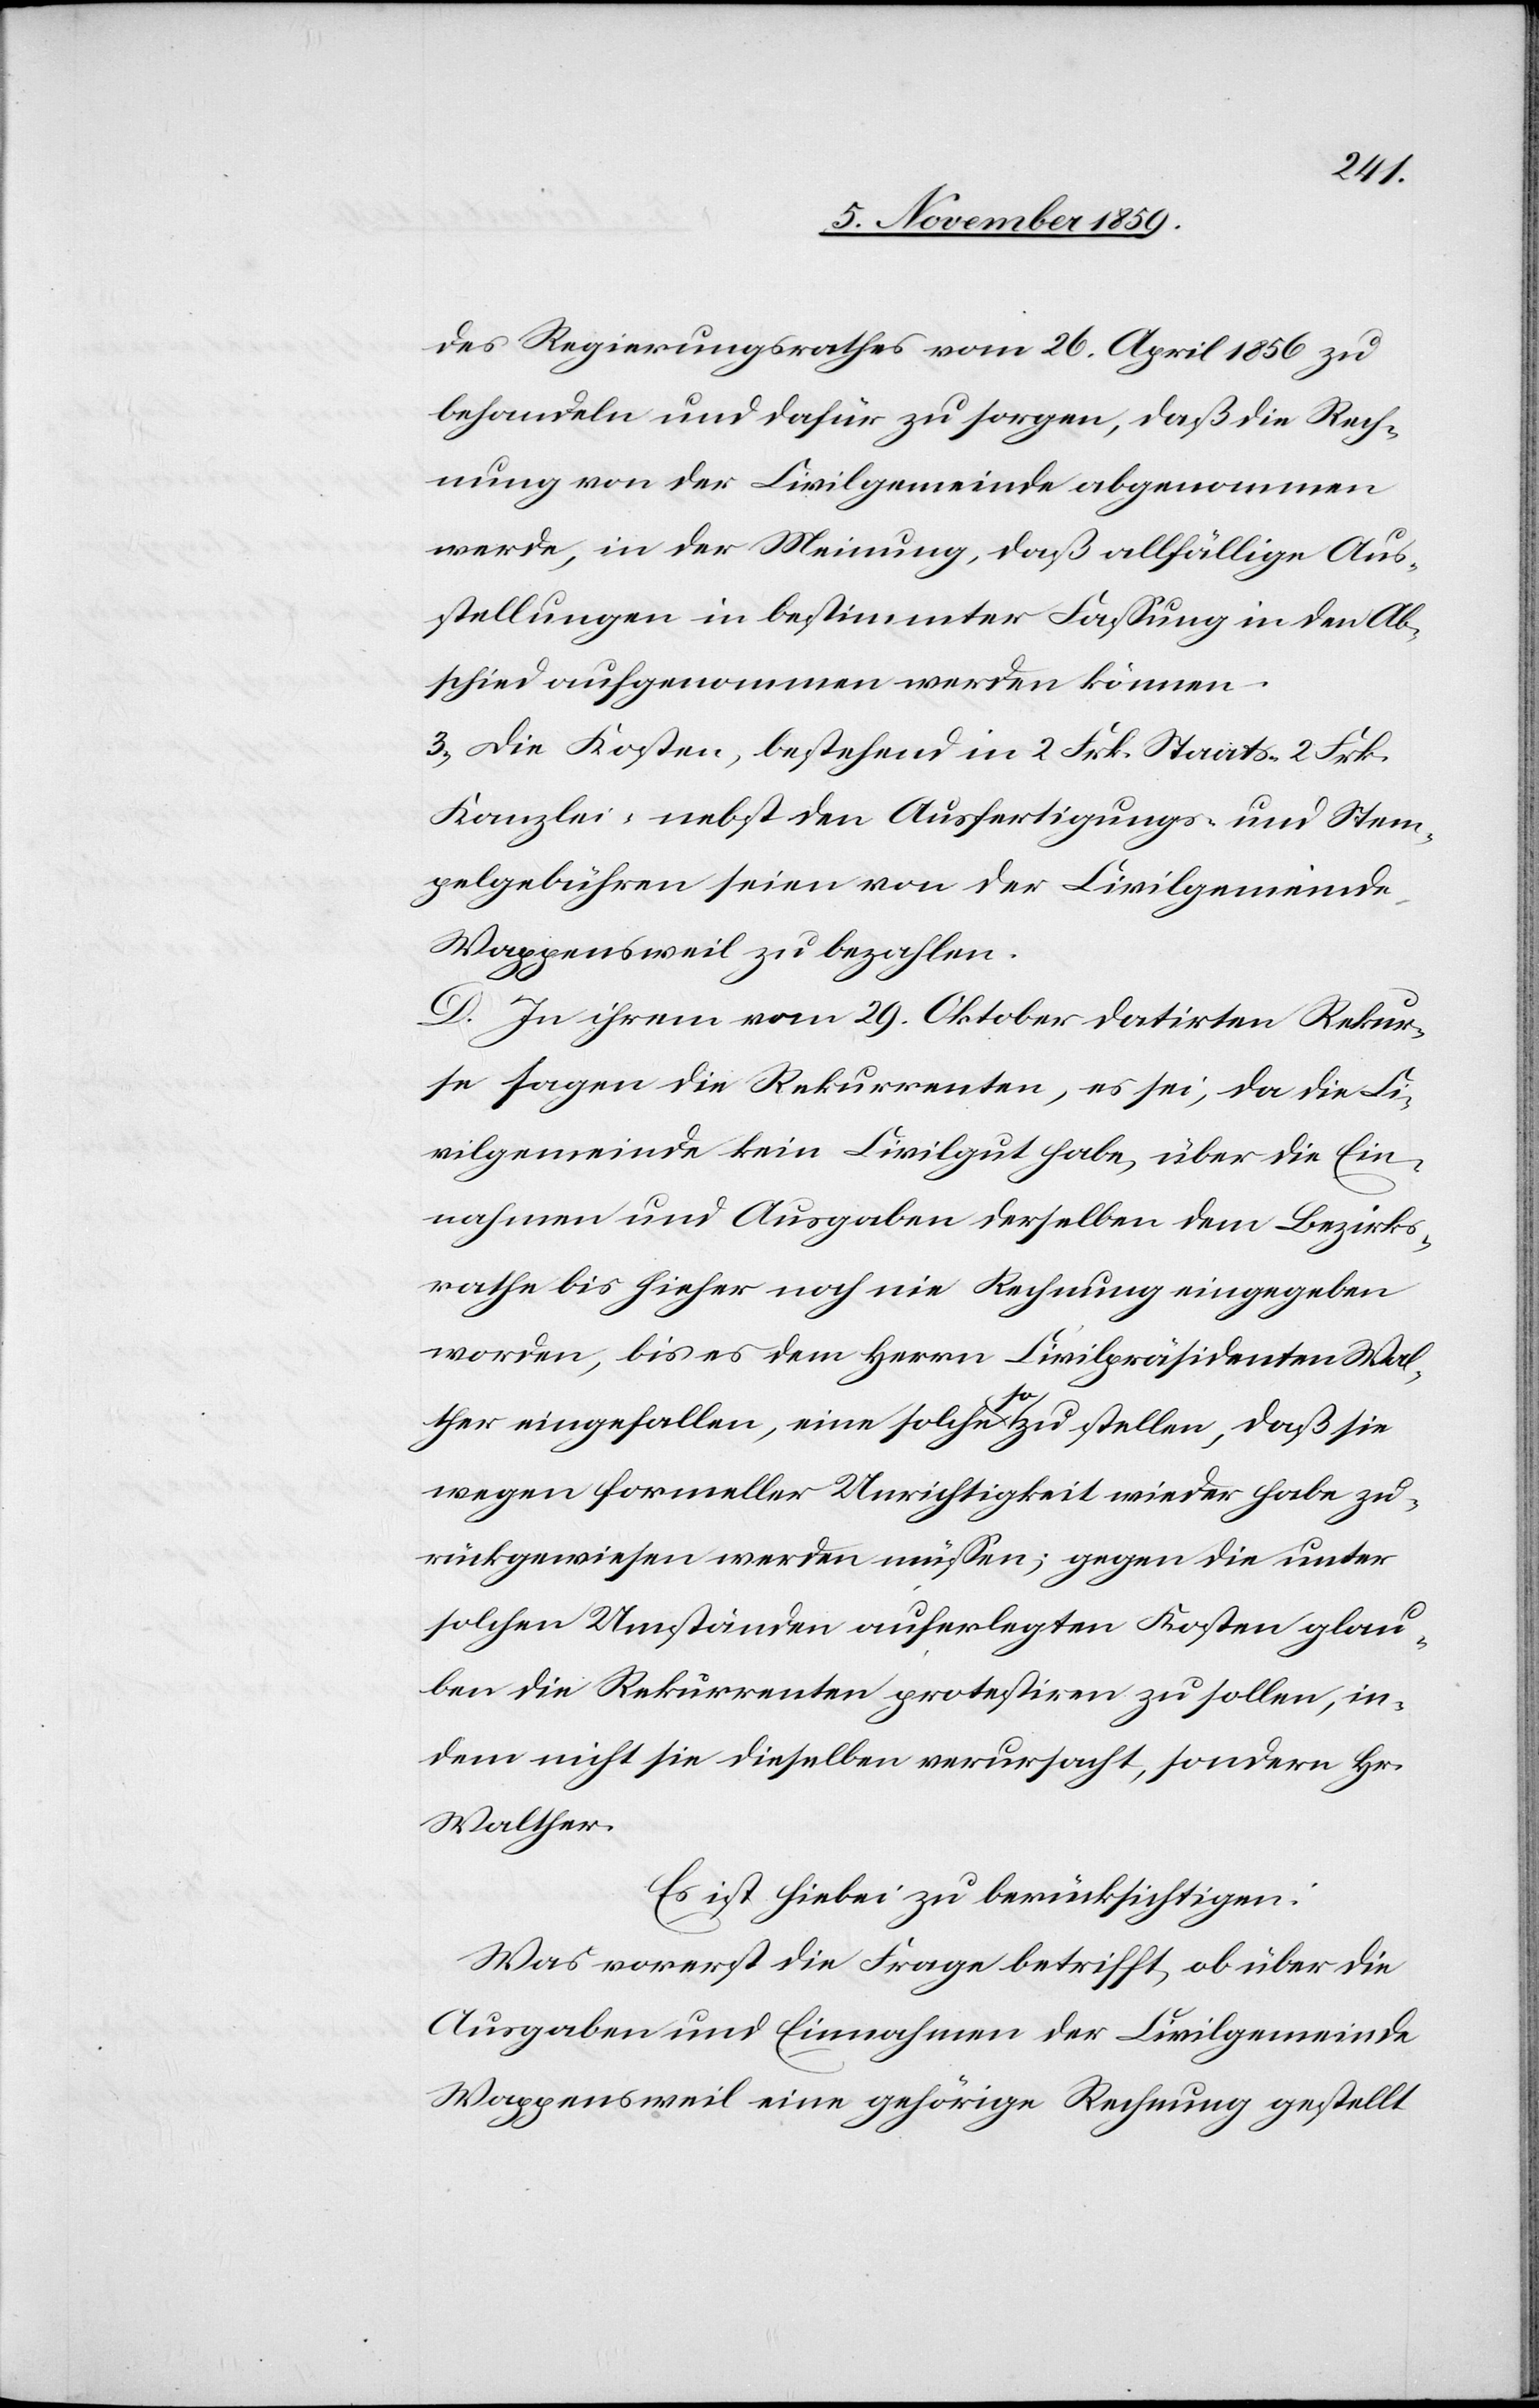
des Regierungsrathes vom 26. April 1856 zu
behandeln und dafür zu sorgen, daß die Rech¬
nung von der Civilgemeinde abgenommen
werde, in der Meinung, daß allfällige Aus¬
stellungen in bestimmter Fassung in den Ab¬
schied aufgenommen werden können.
3) Die Kosten, bestehend in 2 Frk. Staats- 2 Frk.
Kanzlei- nebst den Ausfertigungs- und Stem¬
pelgebühren seien von der Civilgemeinde
Wappensweil zu bezahlen.
D. In ihrem vom 29. Oktober datirten Rekur¬
se sagen die Rekurrenten, es sei, da die Ci¬
vilgemeinde kein Civilgut habe, über die Ein¬
nahme und Ausgabe derselben dem Bezirks¬
rath bis hieher noch nie Rechnung eingegeben
worden, bis es dem Herrn Civilpräsidenten Wal¬
ther eingefallen, eine solche a-so-a zu stellen, daß sie
wegen formeller Unrichtigkeit wieder habe zu¬
rückgewiesen werden müssen; gegen die unter
solchen Umständen auferlegten Kosten glau¬
ben die Rekurrenten protestiren zu sollen, in¬
dem nicht sie dieselben verursacht, sondern Hr.
Walther.
Es ist hiebei zu berücksichtigen:
Was vorerst die Frage betrifft, ob über die
Ausgaben und Einnahmen der Civilgemeinde
Wappensweil eine gehörige Rechnung gestellt